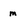
Character: m